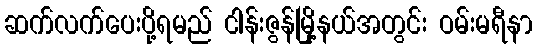
ဆက်လက်ပေးပို့ရမည် ငါန်းဇွန်မြို့နယ်အတွင်း ဝမ်းမရီနာ